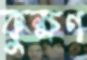
কুক্ষণ